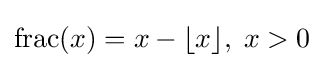
\operatorname {frac} (x)=x-\lfloor x\rfloor ,\;x>0